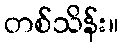
တစ်သိန်း။